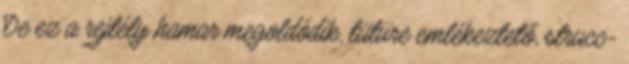
De ez a rejtély hamar megoldódik, tütüre emlékeztető, strucc-